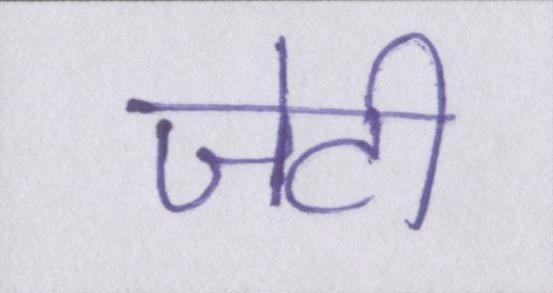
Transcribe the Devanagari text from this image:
जेटी